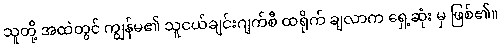
သူတို့ အထဲတွင် ကျွန်မ၏ သူငယ်ချင်းဂျက်စီ ထရိုက် ချလာက ရှေ့ဆုံး မှ ဖြစ်၏။